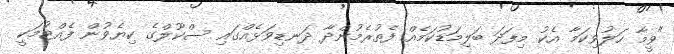
"ވީމާ ހަލުވިކަމާ އެކު މިފަދަ ބަލިމަޑުކަމެއް ފެތުރެމުންދާ ދަނޑިވަޅެއްގައި ސްކޫލްގެ ކިޔެވުން ފެއްޓުމަކީ